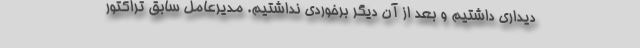
دیداری داشتیم و بعد از آن دیگر برخوردی نداشتیم. مدیرعامل سابق تراکتور